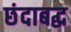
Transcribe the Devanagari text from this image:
छंदाबद्ध